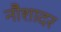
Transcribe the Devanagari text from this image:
नौशादर